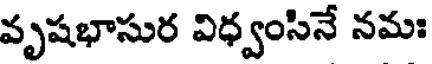
వృషభాసుర విధ్వంసినే నమః